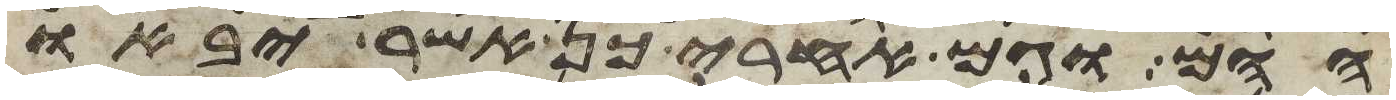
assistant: ההם וגם אחרי כן אשר יבאו